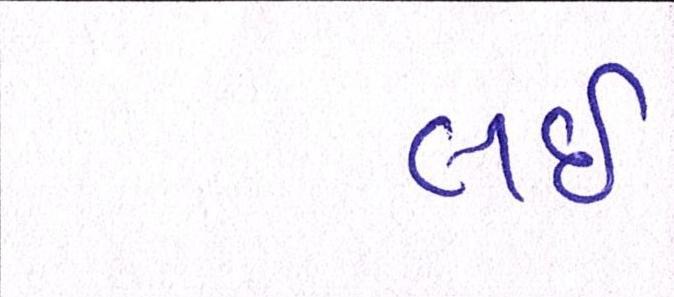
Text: લઇ